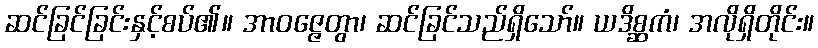
ဆင်ခြင်ခြင်းနှင့်စပ်၏။ အာဝဇ္ဇေတွာ၊ ဆင်ခြင်သည်ရှိသော်။ ယဒိစ္ဆကံ၊ အလိုရှိတိုင်း။